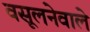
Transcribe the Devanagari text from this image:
वसूलनेवाले